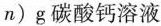
n ) g$$碳酸钙溶液